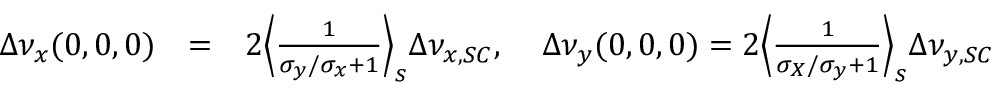
\begin{array} { r l r } { \Delta \nu _ { x } ( 0 , 0 , 0 ) } & { = } & { 2 \Big \langle \frac { 1 } { \sigma _ { y } / \sigma _ { x } + 1 } \Big \rangle _ { s } \Delta \nu _ { x , S C } , \; \; \; \; \Delta \nu _ { y } ( 0 , 0 , 0 ) = 2 \Big \langle \frac { 1 } { \sigma _ { X } / \sigma _ { y } + 1 } \Big \rangle _ { s } \Delta \nu _ { y , S C } } \end{array}